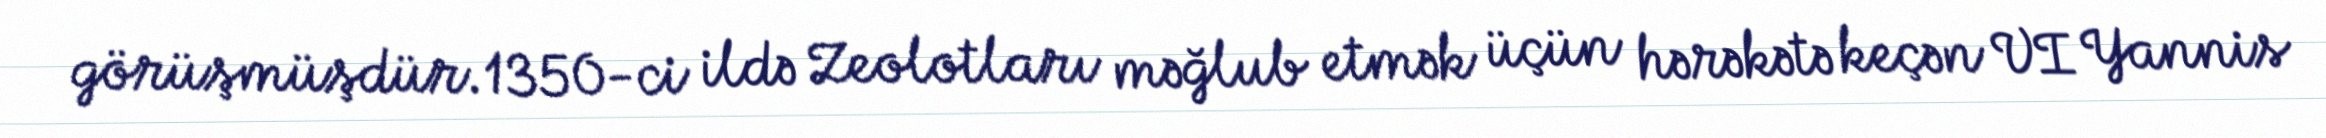
görüşmüşdür.1350-ci ildə Zeolotları məğlub etmək üçün hərəkətə keçən VI Yannis